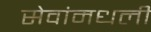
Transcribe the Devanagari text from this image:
सेवांमधली